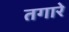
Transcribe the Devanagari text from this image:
तगारे